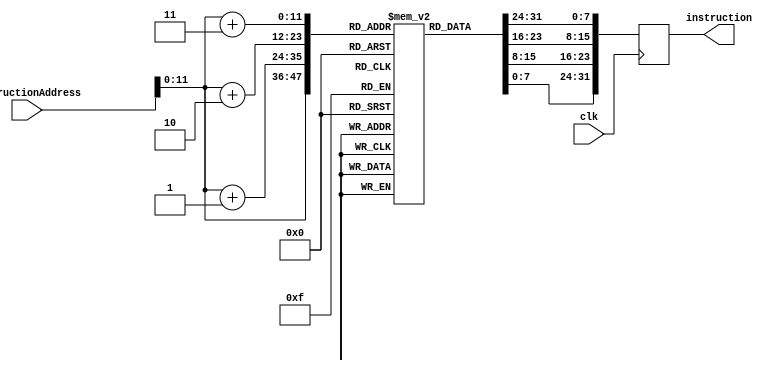
module instruction_memory (instructionAddress,clk,instruction);

    input[63:0] instructionAddress; //Program Counter (PC) vai apontar pra qual endereo da memria ser lido nesse ciclo de clock (depois soma 4 - pula uma word)
    input clk;
    output reg [31:0] instruction;      //instruo que ser a sada do bloco instruction memory (ela ser a instruo tal qual o PC apontar) (envia 4 bytes pro instruction decoder)


    reg [7:0] memory_depth[0:4095]; //simulao de uma memria com os comandos explicitados pelo professor (essa memria tem 4k bits ou 512 bytes)

initial
begin   //comea a escrever a memria (isso  o cdigo q vc programa em C e vai pra memria de programa para o processador ler e executar os comandos)
//essa memria est dividida em bytes

    memory_depth[0] = 8'b00100000;  //ADDS X0, X1, X2 (implementando ADDS)
    memory_depth[1] = 8'b00000000;  //200002AB em hexadecimal
    memory_depth[2] = 8'b00000010;  //00100000 00000000 00000010 10101011
    memory_depth[3] = 8'b10101011;  //OK

//instruction = 10101011 00000010 00000000 00100000 QUANDO instructionAddress = 0 INSTRUO TYPE-R

    memory_depth[4] = 8'b00100000;  //ADDS X0, X1, #8   (implementando ADDIS)
    memory_depth[5] = 8'b00100000;  //202000B1 em hexadecimal
    memory_depth[6] = 8'b00000000;  //00100000 00100000 00000000 10110001
    memory_depth[7] = 8'b10110001;  //OK

//instruction = 10110001 00000000 00100000 00100000 QUANDO instructionAddress = 4 INSTRUO TYPE-I


    memory_depth[8] = 8'b00100000;  //SUBS X0, X1, X2   (implementando SUBS)
    memory_depth[9] = 8'b00000000;  //200002EB em hexadecimal
    memory_depth[10] = 8'b00000010; //00100000 00000000 00000010 11101011
    memory_depth[11] = 8'b11101011; //OK

//instruction = 11101011 00000010 00000000 00100000 QUANDO instructionAddress = 8 INSTRUO TYPE-R

    memory_depth[12] = 8'b00100000; //SUBIS X0, X1, #8  (implementando SUBIS)
    memory_depth[13] = 8'b00100000; //202000F1 em hexadecimal
    memory_depth[14] = 8'b00000000; //00100000 00100000 00000000 11110001
    memory_depth[15] = 8'b11110001; //OK

//instruction = 11110001 00000000 00100000 00100000 QUANDO instructionAddress = 12 INSTRUCO TYPE-I

    memory_depth[16] = 8'b00100000; //AND X0, X1, X2    (implementando AND)
    memory_depth[17] = 8'b00000000; //2000028A em hexadecimal
    memory_depth[18] = 8'b00000010; //00100000 00000000 00000010 10001010
    memory_depth[19] = 8'b10001010; //OK

//instruction = 10001010 00000010 00000000 00100000 QUANDO instructionAddress = 16 INSTRUO TYPE-R

    memory_depth[20] = 8'b00100000; //ORR X0, X1, X2    (implementando ORR)
    memory_depth[21] = 8'b00000000; //200002AA em hexadecimal
    memory_depth[22] = 8'b00000010; //00100000 00000000 00000010 10101010
    memory_depth[23] = 8'b10101010; //OK

//instruction = 10101010 00000010 00000000 00100000 QUANDO instructionAddress = 20 INSTRUO TYPE-R

    memory_depth[24] = 8'b00100000; //EOR X0, X1, X2    (implementando EOR)
    memory_depth[25] = 8'b00000000; //200002CA em hexadecimal
    memory_depth[26] = 8'b00000010; //00100000 00000000 00000010 11001010
    memory_depth[27] = 8'b11001010; //OK

//instruction = 11001010 00000010 00000000 00100000 QUANDO instructionAddress = 24 INSTRUO TYPE-R

    memory_depth[28] = 8'b00100000; //LDUR X0, [X1, #8]
    memory_depth[29] = 8'b10000000; //208040F8 em hexadecimal
    memory_depth[30] = 8'b01000000; //00100000 10000000 01000000 11111000
    memory_depth[31] = 8'b11111000; //OK

//instruction = 11111000 01000000 10000000 00100000 QUANDO instructionAddress = 28 INSTRUO TYPE-D

    memory_depth[32] = 8'b00100000; //STUR X0, [X1, #16]
    memory_depth[33] = 8'b00000000; //200001F8 em hexadecimal
    memory_depth[34] = 8'b00000001; //00100000 00000000 00000001 11111000
    memory_depth[35] = 8'b11111000; //OK

//instruction = 11111000 00000001 00000000 00100000 QUANDO instructionAddress = 32 INSTRUO TYPE-D

//INSTUES EXTRAS

    memory_depth[36] = 8'b01000001; //CBZ X1, #8
    memory_depth[37] = 8'b00000000; //410000B4 em hexadecimal
    memory_depth[38] = 8'b00000000; //01000001 00000000 00000000 10110100
    memory_depth[39] = 8'b10110100; //OK

//instruction = 10110100 00000000 00000000 01000001 QUANDO instructionAddress = 36 INSTRUO DE CONDITIONAL BRANCH

    memory_depth[40] = 8'b00000010; //B #8
    memory_depth[41] = 8'b00000000; //02000014 em hexadecimal
    memory_depth[42] = 8'b00000000; //00000010 00000000 00000000 00010100
    memory_depth[43] = 8'b00010100; //OK

//instruction = 00010100 00000000 00000000 00000010 QUANDO instructionAddress = 40 INSTRUO DE UNCONDITIONAL BRANCH



/* Instrues
utilizando esse site: http://armconverter.com/ vamos implementar as instrues que o Jarbas pede:

Arithmetic (Type R)
ADDS e ADDIS
SUBS e SUBIS
Logical (Type R)
AND, ORR e EOR
Data transfer (Type D)
LDUR e STUR

*/


end

always@(posedge clk)
begin

instruction = {memory_depth[instructionAddress+3], memory_depth[instructionAddress+2], memory_depth[instructionAddress+1], memory_depth[instructionAddress]}; //pega os 4 bytes e manda pro prximo bloco, que vai decodificar
end

endmodule